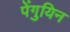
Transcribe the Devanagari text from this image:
पेंगुयिन